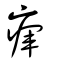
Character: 瘒